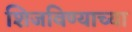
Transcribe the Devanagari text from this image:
शिजविण्याच्या